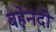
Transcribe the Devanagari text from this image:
बहेनदी